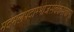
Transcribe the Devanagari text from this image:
मदमलपदाम्भोजसेवैकसेवाम्।